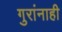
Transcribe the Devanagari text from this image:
गुरांनाही